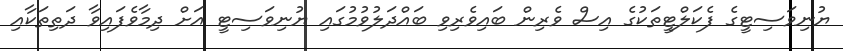
ޔުނިވަސިޓީގެ ފެކަލްޓީތަކުގެ އިސް ވެރިން ބައިވެރިވި ބައްދަލުވުމުގައި ޔުނިވަސިޓީ އަށް ދިމާވެފައިވާ ދަތިތަކާއި